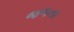
જળના